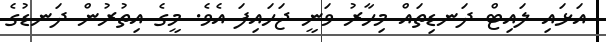
އަޅައި ލައިޓް ދަނޑިތައް މިހާރު ވަނީ ޖަހައިފަ އެވެ. މީގެ އިތުރުން ދަނޑުގެ